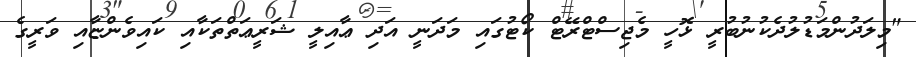
"މިލަދުންމަޑުލުދެކުނުބުރީ ޅޮހީ މެޖިސްޓްރޭޓް ކޯޓުގައި މަދަނީ އަދި ޢާއިލީ ޝަރީޢަތްތަކާއި ކައިވެންޏާއި ވަރީގެ